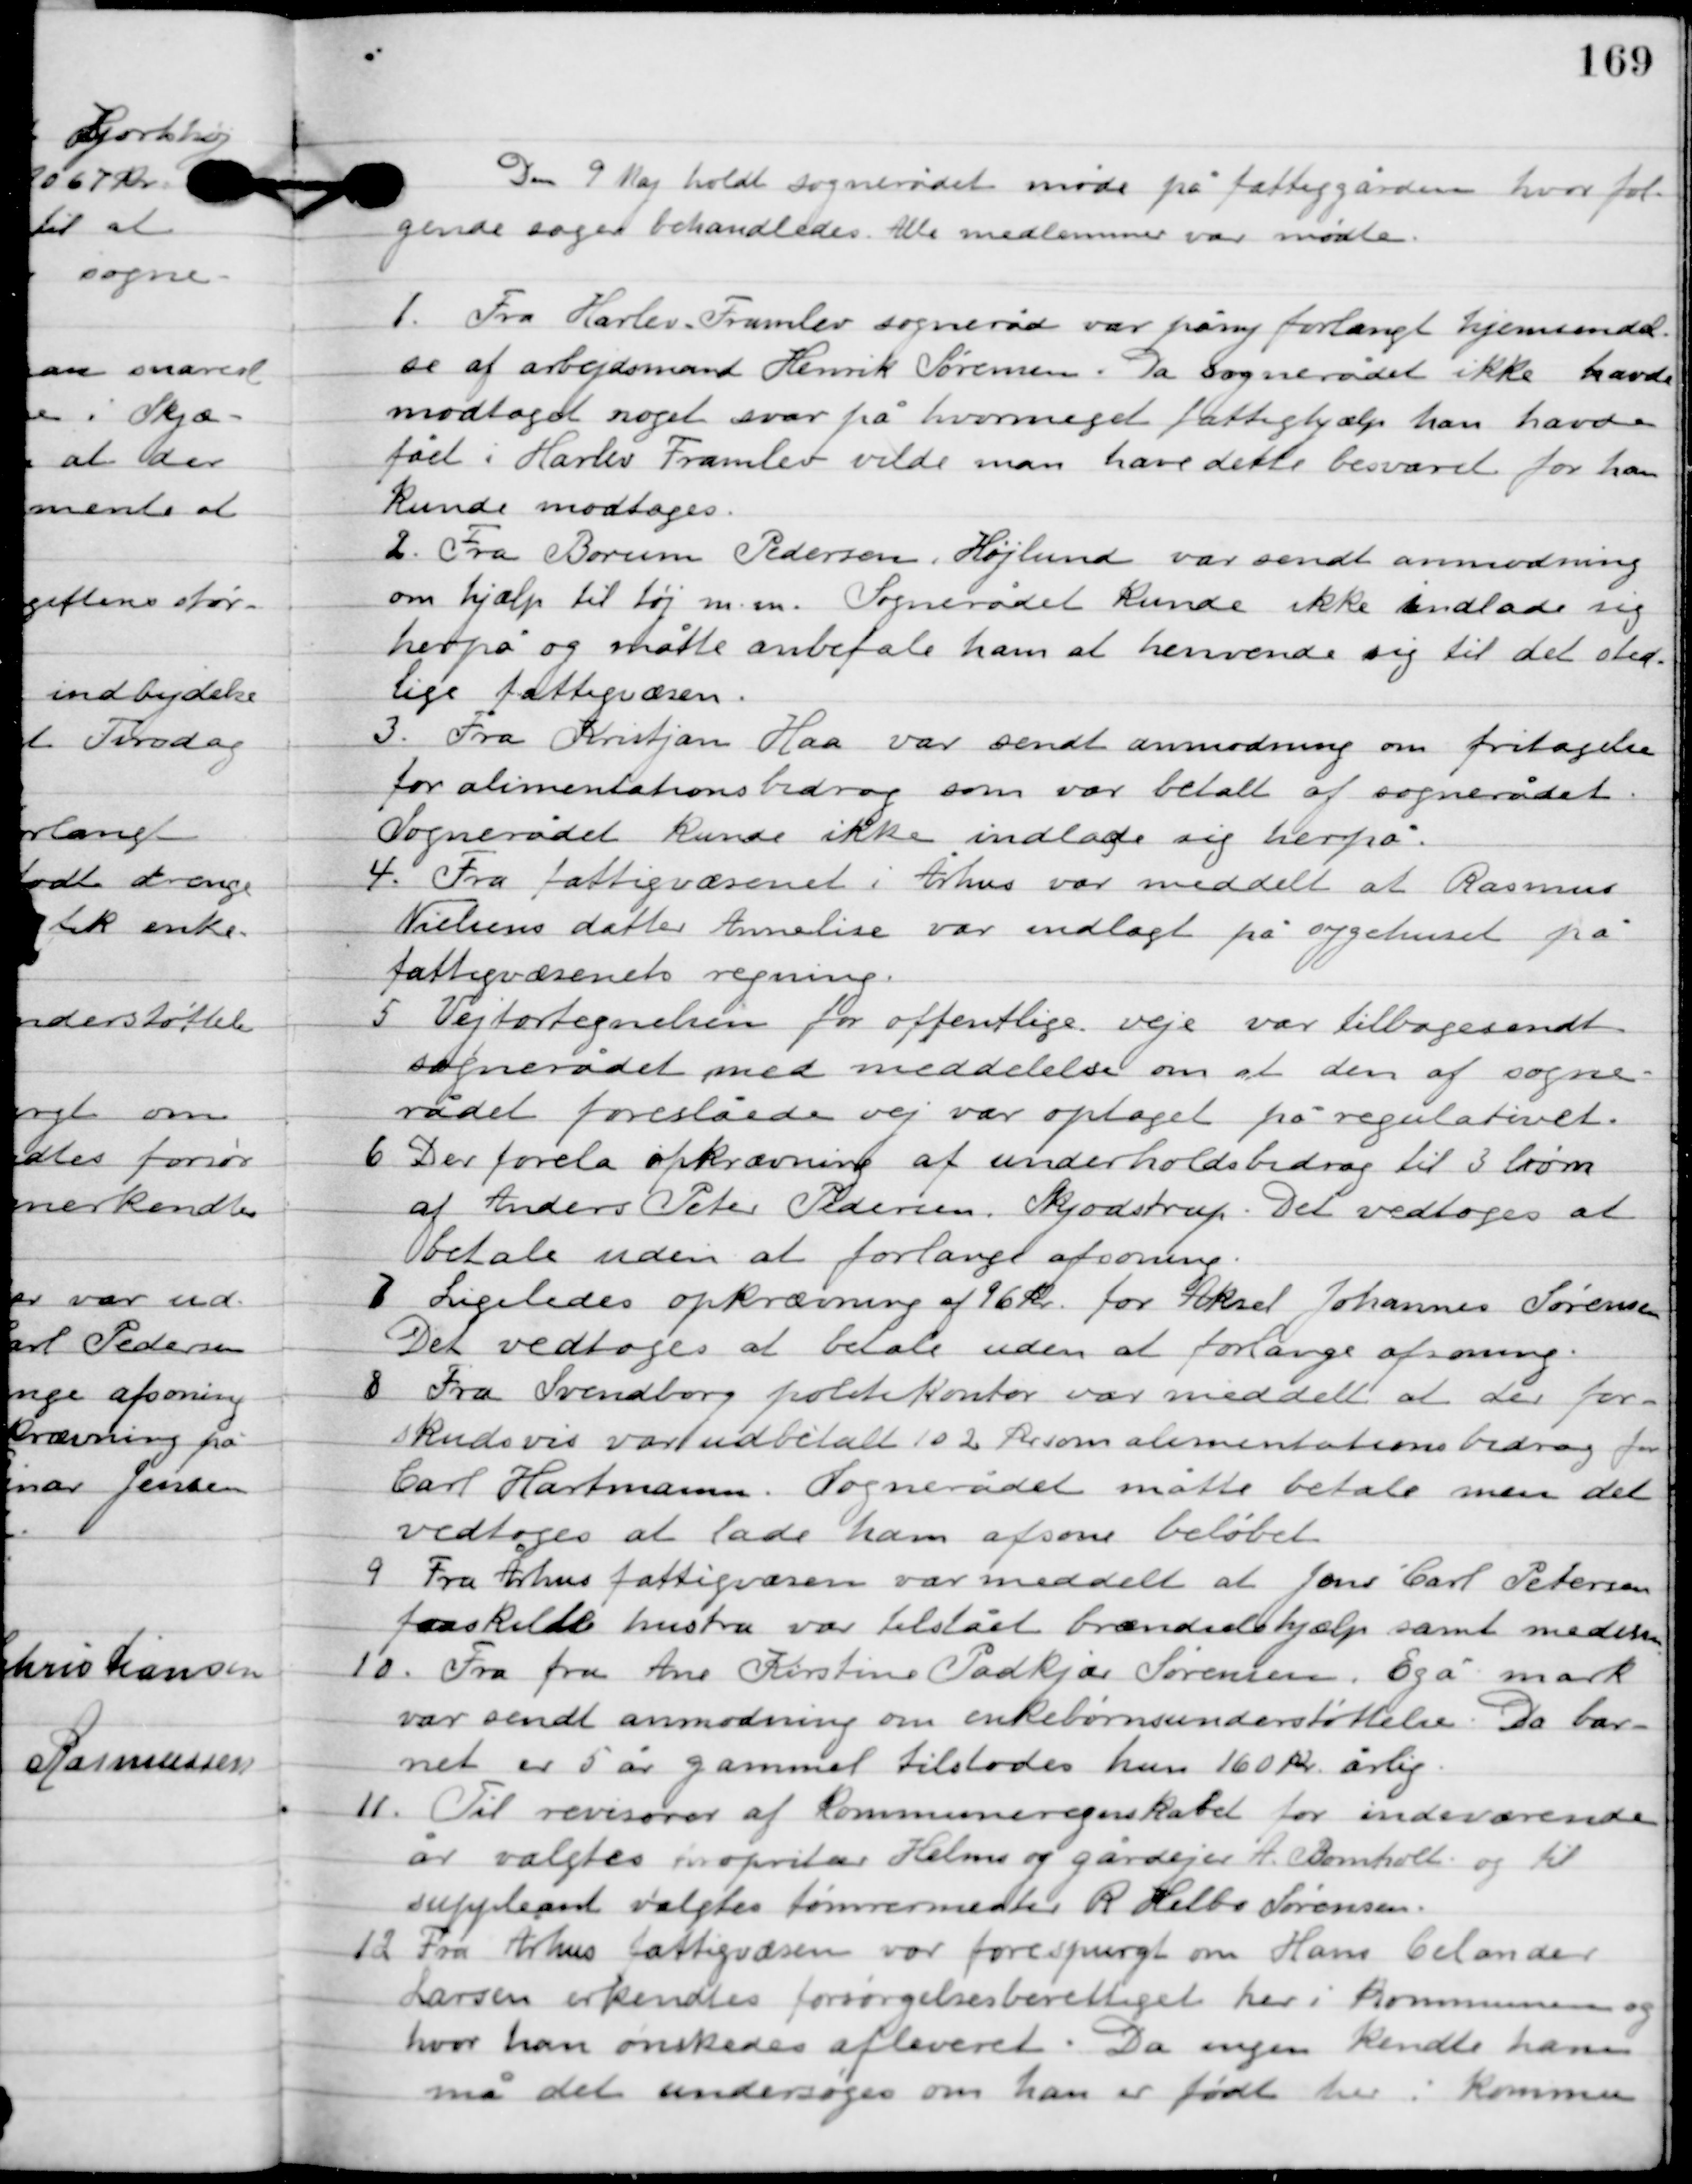
Transskription:
D. 9. Maj holdt sognerådet møde på fattiggården, hvor føl-
gende sager behandledes. Alle medlemmer var mødte.

1

Fra Harlev Framlev sogneråd var på ny forlangt hjemsendel-
se af arbejdsmand Henrik Sørensen. Da sognerådet ikke havde
modtaget noget svar på hvor meget fattighjælp han havde
fået i Harlev Framlev vilde man have dette besvaret før han
 kunde modtages.

2

Fra Borum Pedersen, Højlund var sendt anmodning
om hjælp til tøj m.m. Sognerådet kunde ikke indlade sig
herpå og måtte anbefale ham at henvende sig til det  sted-
lige fattigvæsen.

3

Fra Kristjan Haa var sendt anmodning om fritagelse
for alimentationsbidrag som var betalt af sognerådet.
Sognerådet kunde ikke indlade sig herpå.

4

Fra fattigvæsenet i Århus var meddelt at Rasmus
Nielsens datter Annelise var indlagt på sygehuset på
fattigvæsenets regning.

5

Vejfortegnelsen for offentlige veje var tilbagesendt.
Sognerådet med meddelelse om at den af sogne-
rådet foreslåede vej var optaget på regulativet.

6

Der forelå opkrævning af underholdsbidrag til 3 børn
af Anders Peter Pedersen, Skjødstrup. Det vedtoges at
betale uden at forlange afsoning.

7

Ligeledes opkrævning af 16 kr. for Aksel Johannes Sørensen.
Det vedtoges at betale uden at forlange afsoning.

8

Fra Svendborg politikontor var meddelt at der for-
skudsvis var udbetalt 102 øre som alimentationsbidrag for
Carl Hartmann. Sognerådet måtte betale men det
vedtoges at lade han afsone beløbet.

9

Fra Århus fattigvæsen var meddelt at Jens Carl Petersen 
fraskilte hustru var tilstået brændselshjælp samt medisin

10

Fra fru Ane Kristine Padkjær Sørensen, Egå mark
var sendt anmodning om enke børns understøttelse. Da bar-
net er 5 år gammel tilstodes hun 160 kr. årlig.

11

Til revisorer af Kommuneregnskabet for indeværende
år valgtes proprietær Helms og gårdejer A. Bomholt og til
suppleant valgtes tømrermester R. Helbo Sørensen.

12

Fra Århus fattigvæsen var forespurgt om Hans Celander
Larsen erkendtes forsørgelsesberettiget her i kommunen og
hvor han ønskedes afleveret. Da ingen kendte ham
må det undersøges om han er født her i kommunen,